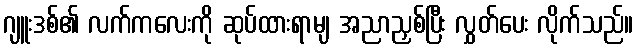
ဂျူးဒစ်၏ လက်ကလေးကို ဆုပ်ထားရာမျ အညာညှစ်ပြီး လွှတ်ပေး လိုက်သည်။